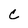
Character: C